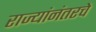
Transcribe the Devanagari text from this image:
राज्यांनंतरचे